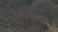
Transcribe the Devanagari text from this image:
१७७३पासून